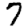
Digit: 7